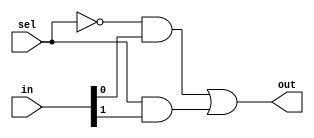
`timescale 1ns / 1ps
//////////////////////////////////////////////////////////////////////////////////
// Company: 
// Engineer: 
// 
// Design Name: 
// Module Name: Mux2X1S
// Project Name: 
// Target Devices: 
// Tool Versions: 
// Description: 
// 
// Dependencies: 
// 
// Revision:
// Revision 0.01 - File Created
// Additional Comments:
// 
//////////////////////////////////////////////////////////////////////////////////


module Mux2X1S(in,sel,out);
input [1:0]in;
input sel;
output out;
wire t1,t2,t3;

not n1(t1,sel);
and a1(t2,t1,in[0]);
and a2(t3,sel,in[1]);
or  o1(out,t2,t3);

endmodule